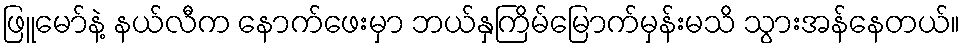
ဖြူမော်နဲ့ နယ်လီက နောက်ဖေးမှာ ဘယ်နှကြိမ်မြောက်မှန်းမသိ သွားအန်နေတယ်။